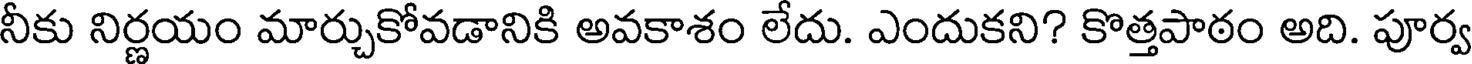
నీకు నిర్ణయం మార్చుకోవడానికి అవకాశం లేదు. ఎందుకని? కొత్తపాఠం అది. పూర్వ